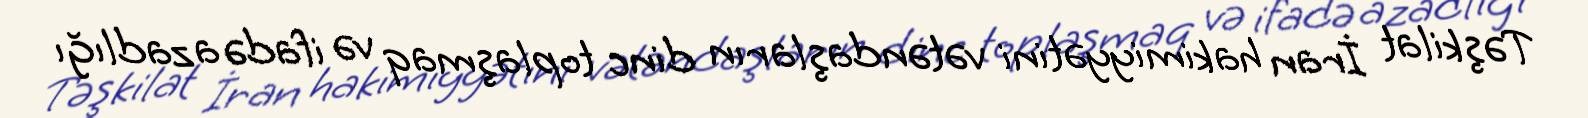
Təşkilat İran hakimiyyətini vətəndaşların dinc toplaşmaq və ifadə azadlığı